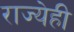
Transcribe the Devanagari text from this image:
राज्येही